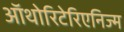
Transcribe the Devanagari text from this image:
ऑथोरिटेरिएनिज्म